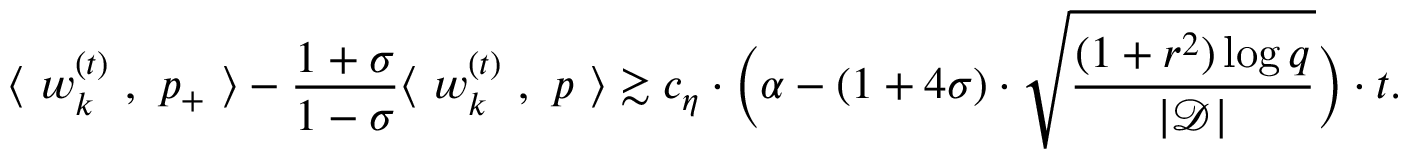
\langle ~ { \boldsymbol w } _ { k } ^ { ( t ) } ~ , ~ { \boldsymbol p } _ { + } ~ \rangle - \frac { 1 + \sigma } { 1 - \sigma } \langle ~ { \boldsymbol w } _ { k } ^ { ( t ) } ~ , ~ { \boldsymbol p } ~ \rangle \gtrsim c _ { \eta } \cdot \bigg ( \alpha - ( 1 + 4 \sigma ) \cdot \sqrt { \frac { ( 1 + r ^ { 2 } ) \log q } { | \mathcal { D } | } } \bigg ) \cdot t .